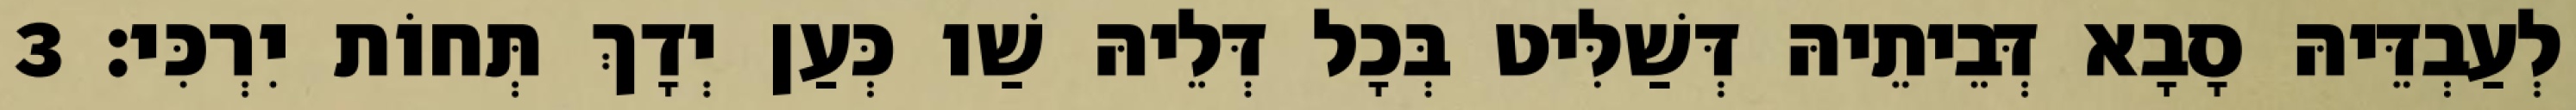
לְעַבְדֵּיהּ סָבָא דְּבֵיתֵיהּ דְּשַׁלִּיט בְּכָל דְּלֵיהּ שַׁו כְּעַן יְדָךְ תְּחוֹת יִרְכִּי׃ 3